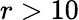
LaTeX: r>10